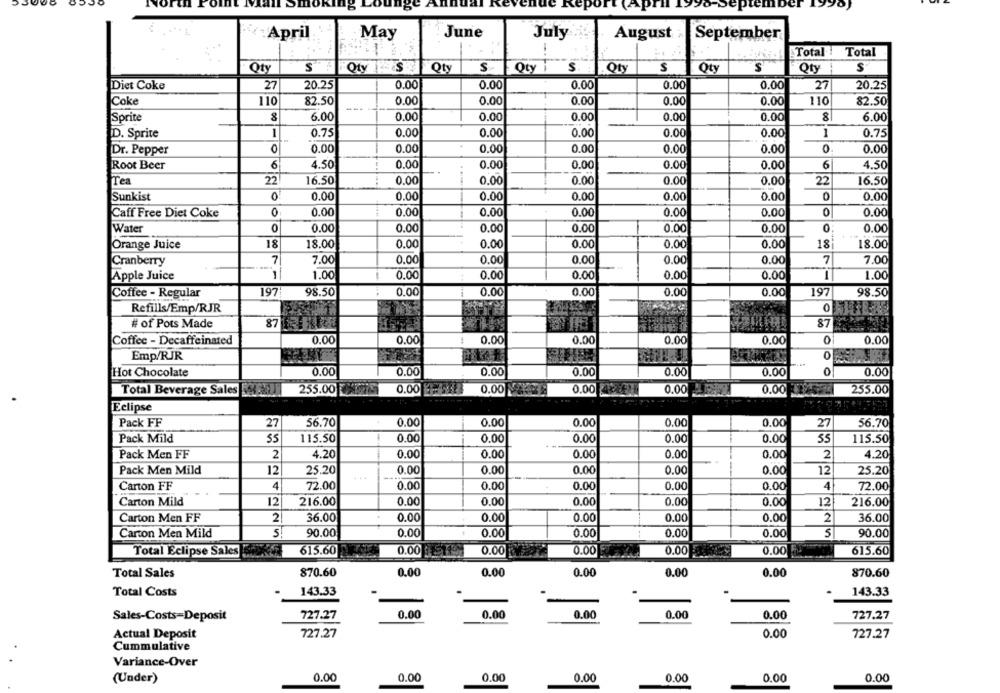
:April
May
June
July
August
September
Total !
Total
Qty
S
Oty
S
Qty
S
Qty
S
Oty
Qty
S
Diet Coke
27
20.25
0.00
0.00
0.00
0.00
0.00
27
20.25
Coke
110
82.50
0.00
0.00
0.00
0.00
0.00
110
82.50
Sprite
6.00
0.00
0.00
0.00
0.00
0.00
8
6.00
1
0.00
1
D. Sprite
0.75
0.00
0.00
0.00
0.00
0.75
Dr. Pepper
0.00
0.00
0.00
0.00
0.00
0.00
0
0.00
Root Beer
6
4.50
0.00
0.00
0.00
0.00
0.00
6
4.50
Tea
22
0.00
0.00
16.50
16.50
0.00
0.00
0.00
22
0
Sunkist
0.00
0.00
0.00
0.00
0.00
0.00
0
0.00
Caff Free Diet Coke
0
0.00
0.00
0.00
0.00
0.00
0.00
0
0.00
Water
0
0.00
0.00
0.00
0.00
0.00
0.00
0:
0.00
18
Orange Juice
18
18.00
0.00
0.00
0.00
0.00
0.00
18.00
Cranberry
7
7.00
0.00
0.00
0.00
0.00
0.00
7
7.00
Apple Juice
1.00
0.00
0.00
0.00
0.00
0.00
1.00
Coffee - Regular
197
98.50
0.00
0.00
0.00
0.00
0.00
197
98.50
Refills/Emp/RJR
0
# of Pots Made
87
Coffee - Decaffeinated
0.00
0.00
0.00
0.00
0
0.00
0.00
0.00
Emp/RJR
O
Hot Chocolate
0.00
0.00
0.00
0.00
0.00
0.00
0
0.00
Total Beverage Sales
255.00
0.00
0.00
0.00
0.00
0.00
255.00
Eclipse
Pack FF
27
56.70
0.00
0.00
0.00
0.00
0.00
27
56.70
0.00
Pack Mild
55
115.50
0.00
0.00
0.00
0.00
55
115.50
Pack Men FF
2
4.20
0.00
0.00
0.00
0.00
0.00
2
4.20
Pack Men Mild
12
25.20
0.00
0.00
0.00
0.00
0.00
12
25.20
4.4
72.00
0.00
0.00
Carton FF
4
0.00
0.00
0.00
4
72.00
Carton Mild
12
216.00
0.00
0.00
0.00
0.00
0.00
12
216.00
Carton Men FF
2
36.00
0.00
0.00
0.00
0.00
0.00
2
36.00
Carton Men Mild
5
90.00
0.00
0.00
0.00
0.00
0.00
5
90.00
Total Eclipse Sales
615.60
0.00
0.00
0.00
0.00
0.00
615.60
Total Sales
870.60
0.00
0.00
0.00
0.00
0.00
870.60
Total Costs
143.33
143.33
Sales-Costs-Deposit
727.27
0.00
0.00
0.00
0.00
0.00
727.27
Actual Deposit
727.27
0.00
727.27
Cummulative
Variance-Over
0.00
0.00
0.00
0.00
0.00
0.00
0.00
(Under)